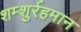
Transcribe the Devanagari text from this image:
शम्शुर्रहमान